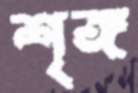
শৃঙ্গ